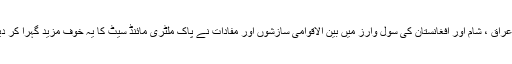
لیبیا ، عراق ، شام اور افغانستان کی سول وارز میں بین الاقوامی سازشوں اور مفادات نے پاک ملٹری مائنڈ سیٹ کا یہ خوف مزید گہرا کر دیا ہے ۔